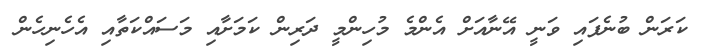
ކަރަން ބުނެފައި ވަނީ އޭނާއަށް އެންމެ މުހިންމީ ދަރިން ކަމަށާއި މަސައްކަތާއި އެހެނިހެން